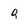
Character: Q